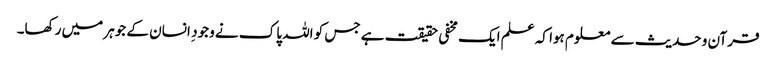
قرآن و حدیث سے معلوم ہوا کہ علم ایک مخفی حقیقت ہے جس کو اللہ پاک نے وجود ِ انسان کے جوہر میں رکھا۔